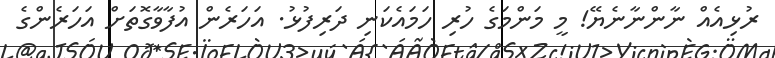
ރުޅިއެއް ނާންނާނެޔޭ! މީ މަންމަގެ ހުރި ހަމައެކަނި ދަރިފުޅު. އަހަރެން އުފާވާގޮތަށް އަހަރެންގެ